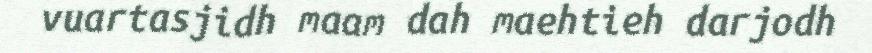
vuartasjidh maam dah maehtieh darjodh